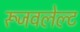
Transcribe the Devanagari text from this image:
रूजवलेल्ट